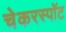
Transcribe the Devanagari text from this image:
चेकरस्पॉट